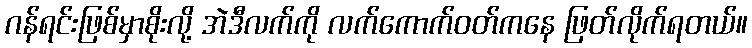
ဂန်ရင်းဖြစ်မှာစိုးလို့ အဲဒီလက်ကို လက်ကောက်ဝတ်ကနေ ဖြတ်လိုက်ရတယ်။